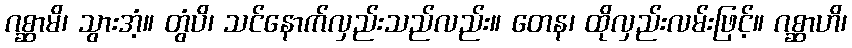
ဂစ္ဆာမိ၊ သွားအံ့။ တွံပိ၊ သင်နောက်လှည်းသည်လည်း။ တေန၊ ထိုလှည်းလမ်းဖြင့်။ ဂစ္ဆာဟိ၊